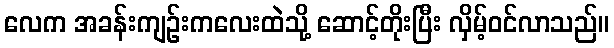
လေက အခန်းကျဉ်းကလေးထဲသို့ ဆောင့်တိုးပြီး လှိမ့်ဝင်လာသည်။